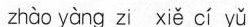
zhào yàng zi xiě cí yǔ